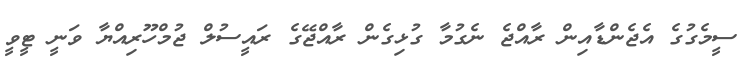
ސީމެގުގެ އެޖެންޑާއިން ރާއްޖެ ނެގުމާ ގުޅިގެން ރާއްޖޭގެ ރައީސުލް ޖުމްހޫރިއްޔާ ވަނީ ޓީވީ